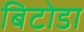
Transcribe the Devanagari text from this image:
बिटोडा